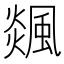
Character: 𩗹